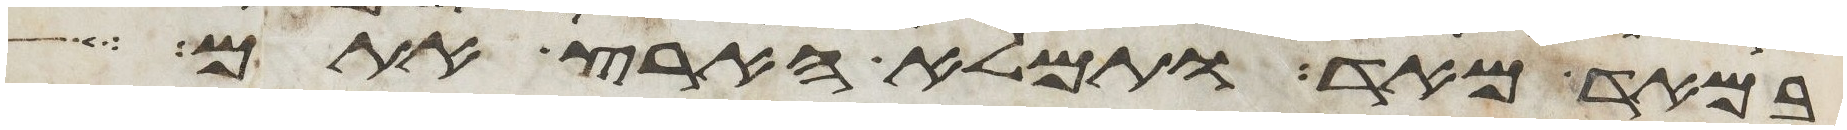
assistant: במאד מאד ותמלא הארץ אתם